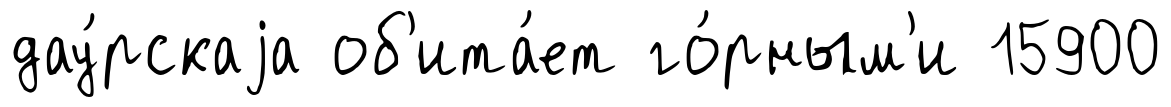
дау́рскаjа об'ита́ет го́рным'и 15900